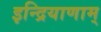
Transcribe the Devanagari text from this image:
इन्द्रियाणाम्